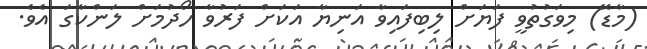
(މާޑޭ) މިވަގުތުވީ ފަޔަށް ލިބިފައިވާ އަނިޔާ އަކަށް ފަރުވާ ހޯދުމަށް ލަންކާގަ އެވެ.